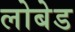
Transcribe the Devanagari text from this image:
लोबेड